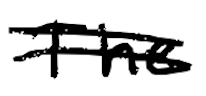
Text: The
Cross-out: double-line
Writing tool: digital_black